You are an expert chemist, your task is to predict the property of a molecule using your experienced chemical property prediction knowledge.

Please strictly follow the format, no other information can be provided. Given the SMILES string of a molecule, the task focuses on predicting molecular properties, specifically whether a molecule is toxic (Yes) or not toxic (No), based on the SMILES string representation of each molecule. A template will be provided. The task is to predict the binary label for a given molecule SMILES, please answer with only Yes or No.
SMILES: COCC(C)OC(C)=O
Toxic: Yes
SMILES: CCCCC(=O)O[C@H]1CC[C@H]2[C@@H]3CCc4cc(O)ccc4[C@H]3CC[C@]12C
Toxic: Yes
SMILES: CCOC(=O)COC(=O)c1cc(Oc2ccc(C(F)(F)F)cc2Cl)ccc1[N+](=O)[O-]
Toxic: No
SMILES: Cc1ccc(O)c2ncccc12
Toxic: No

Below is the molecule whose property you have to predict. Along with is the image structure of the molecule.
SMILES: CCC(=O)C(CC(C)N(C)C)(c1ccccc1)c1ccccc1
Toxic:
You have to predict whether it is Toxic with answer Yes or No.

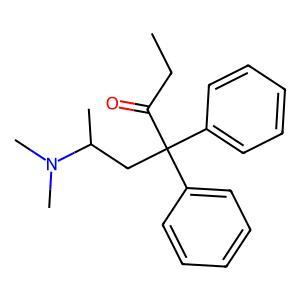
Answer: No